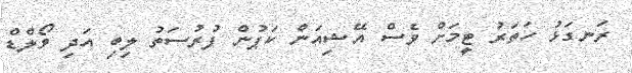
ރަނގަޅު ހަތަރު ޓީމަށް ވެސް އޭޝިއަން ކަޕުން ފުރުސަތު ލިބި އަދި ވޯލްޑް